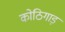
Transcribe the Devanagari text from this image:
कोठिगाड़